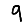
Digit: 9